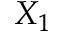
X _ { 1 }